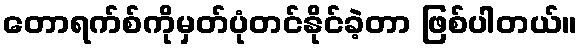
တောရက်စ်ကိုမှတ်ပုံတင်နိုင်ခဲ့တာ ဖြစ်ပါတယ်။